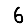
Digit: 6